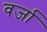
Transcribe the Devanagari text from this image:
वर्जा